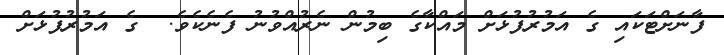
ފާނަށްޓަކައި ގެ އަމުރުފުޅަށް މައްކާގެ ބިމުން ނެރުއްވުނު ފެނެކެވެ.  ގެ އަމުރުފުޅަށް